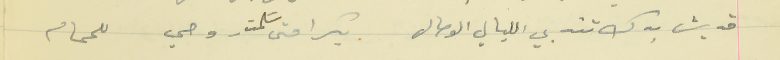
قديش بدك تندبي الليالي الوصال                            بكرا متى سَلمت روحي للحمام